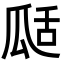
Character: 𤫵